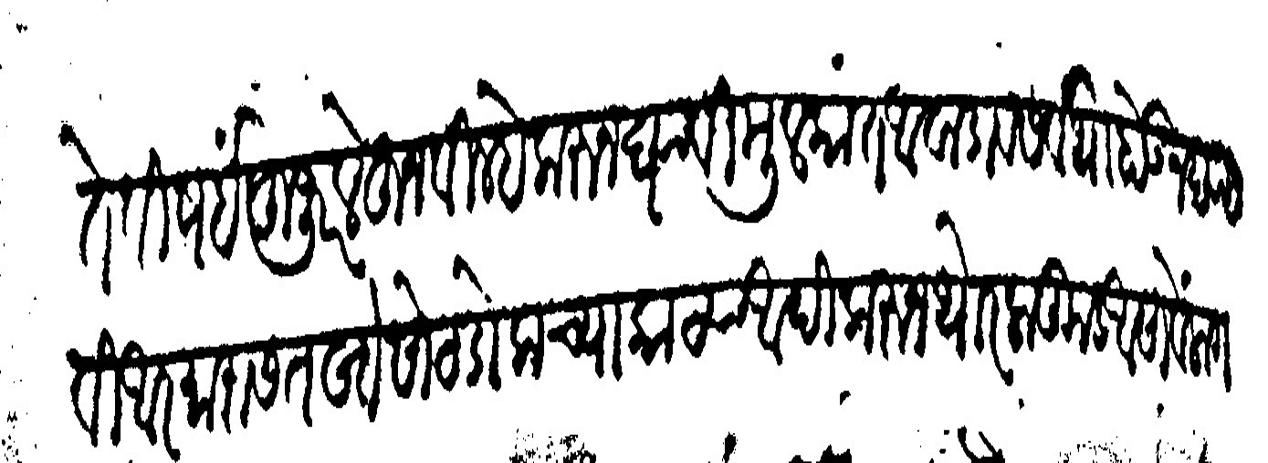
Transliteration (Devanagari): ते वीषईं हूजूर लेहून वील्हे करून घ्यावी मूलकांत आवाडाव सर्वथा होऊ न द्यावी आरमारास तर्ते सोट डोलाच्या काठया आदीकरून थोर लाकूड असावें लागते